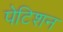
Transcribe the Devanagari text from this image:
पेटिशन